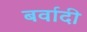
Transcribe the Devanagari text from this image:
बर्वादी